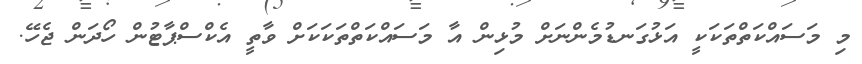
މި މަސައްކަތްތަކަކީ އަޅުގަނޑުމެންނަށް މުޅިން އާ މަސައްކަތްތަކަކަށް ވާތީ އެކްސްޕާޓުން ހޯދަން ޖެހޭ.